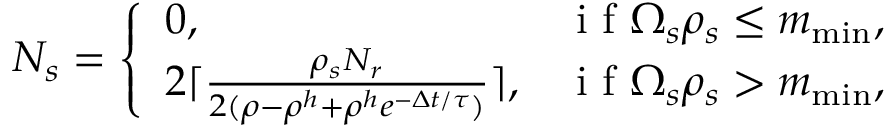
N _ { s } = \left\{ \begin{array} { l l } { 0 , } & { \mathrm { ~ i ~ f ~ } \Omega _ { s } \rho _ { s } \leq m _ { \operatorname* { m i n } } , } \\ { 2 \lceil \frac { \rho _ { s } N _ { r } } { 2 ( \rho - \rho ^ { h } + \rho ^ { h } e ^ { - \Delta t / \tau } ) } \rceil , } & { \mathrm { ~ i ~ f ~ } \Omega _ { s } \rho _ { s } > m _ { \operatorname* { m i n } } , } \end{array} \right.